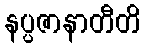
နပ္ပဇာနာတီတိ